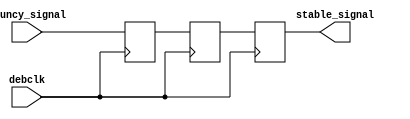
`timescale 1ns / 1ps
//////////////////////////////////////////////////////////////////////////////////
// Company: 
// Engineer: 
// 
// Design Name: 
// Module Name: Debouncer
// Project Name: 
// Target Devices: 
// Tool Versions: 
// Description: 
// 
// Dependencies: 
// 
// Revision:
// Revision 0.01 - File Created
// Additional Comments:
// 
//////////////////////////////////////////////////////////////////////////////////


module Debouncer(
    input bouncy_signal,
    input debclk,
    output stable_signal
    );
    reg ff1;
    reg ff2;
    
    reg stable;
    assign stable_signal = stable;
    
    always @ (posedge debclk)
    begin
        ff1 <= bouncy_signal;
        ff2 <= ff1;
        stable <= ff2;
    end
endmodule